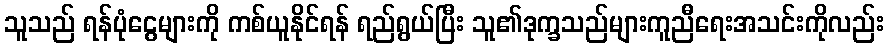
သူသည် ရန်ပုံငွေများကို ကစ်ယူနိုင်ရန် ရည်ရွယ်ပြီး သူ၏ဒုက္ခသည်များကူညီရေးအသင်းကိုလည်း